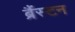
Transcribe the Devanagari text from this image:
ब्रैंस्टन